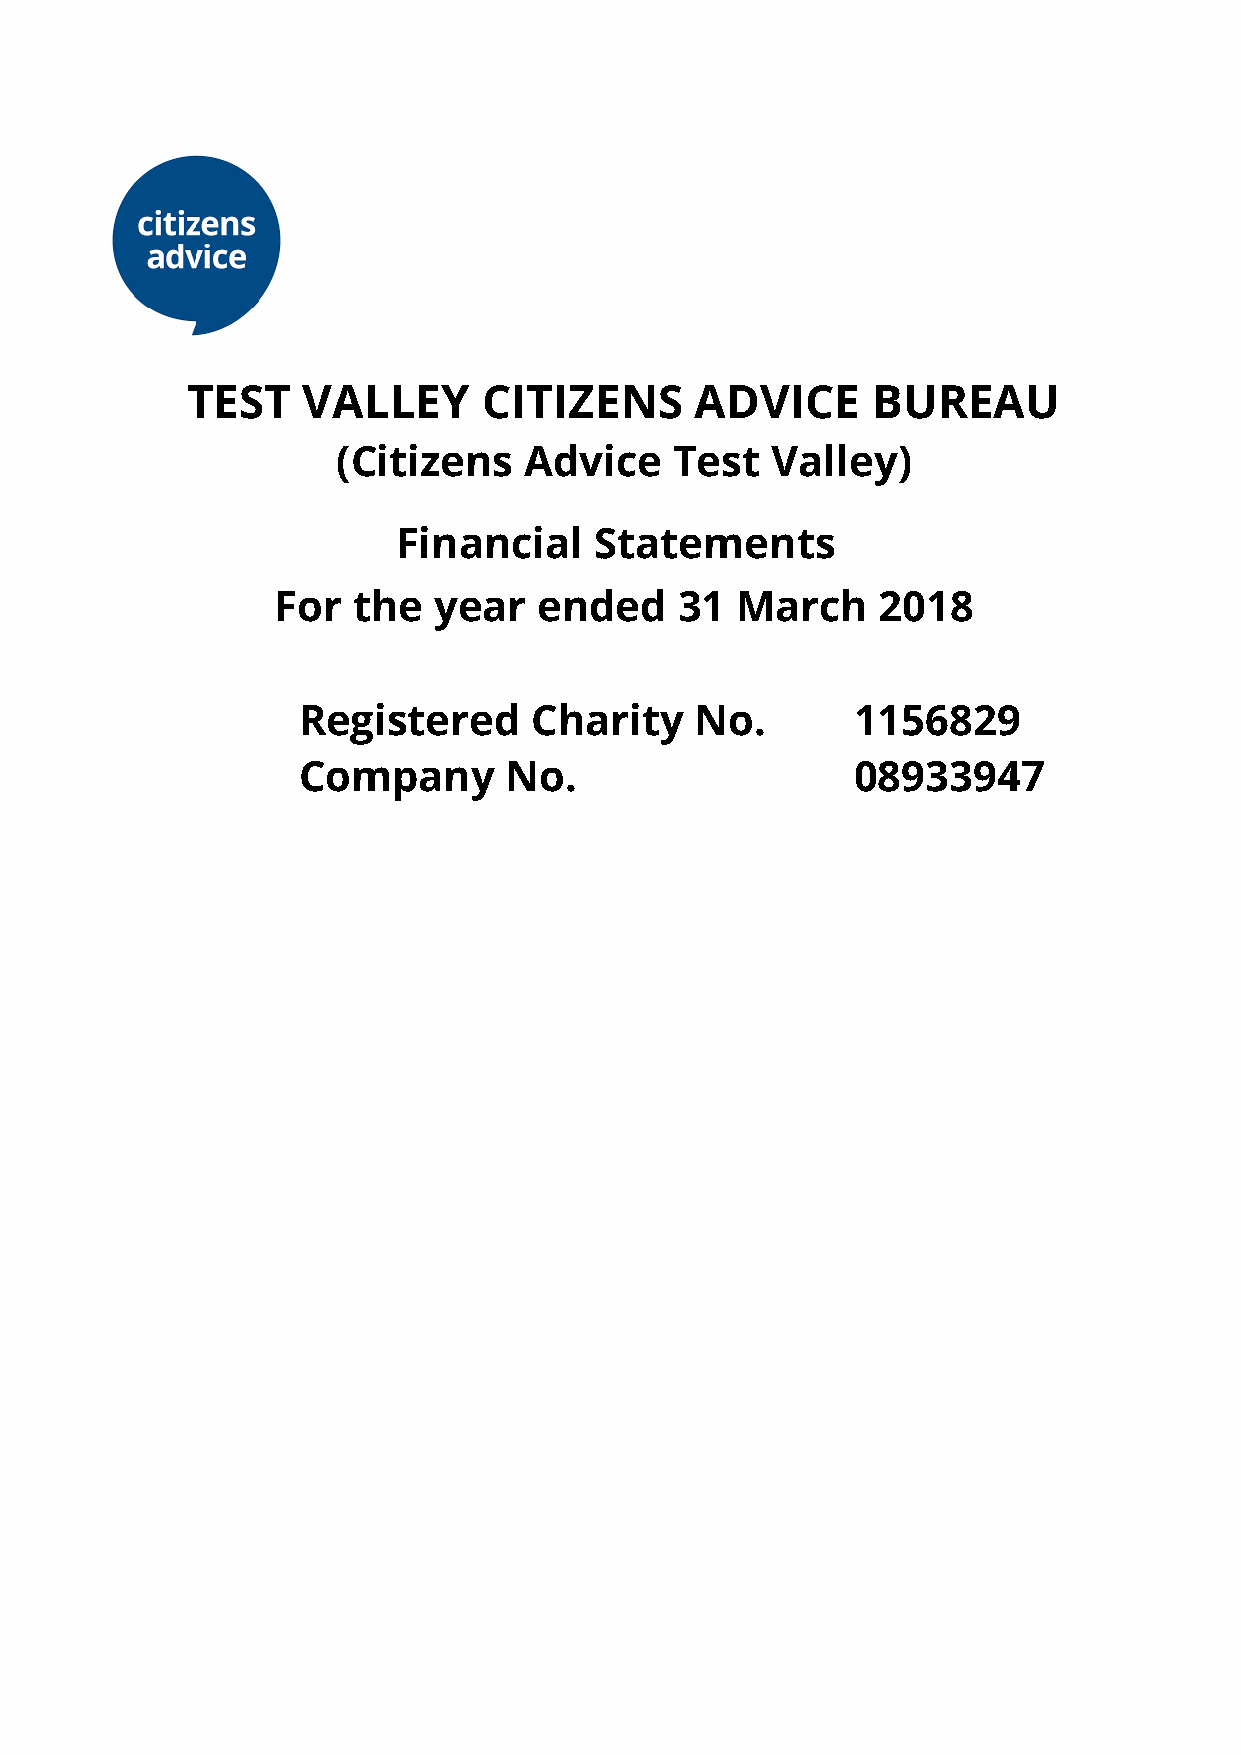
TEST    VALLEY      CITIZENS      ADVICE      BUREAU
 (Citizens    Advice    Test  Valley)
 Financial    Statements
 For  the   year   ended    31  March    2018
 Registered     Charity    No.        1156829
 Company      No.                     08933947